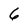
Character: 6